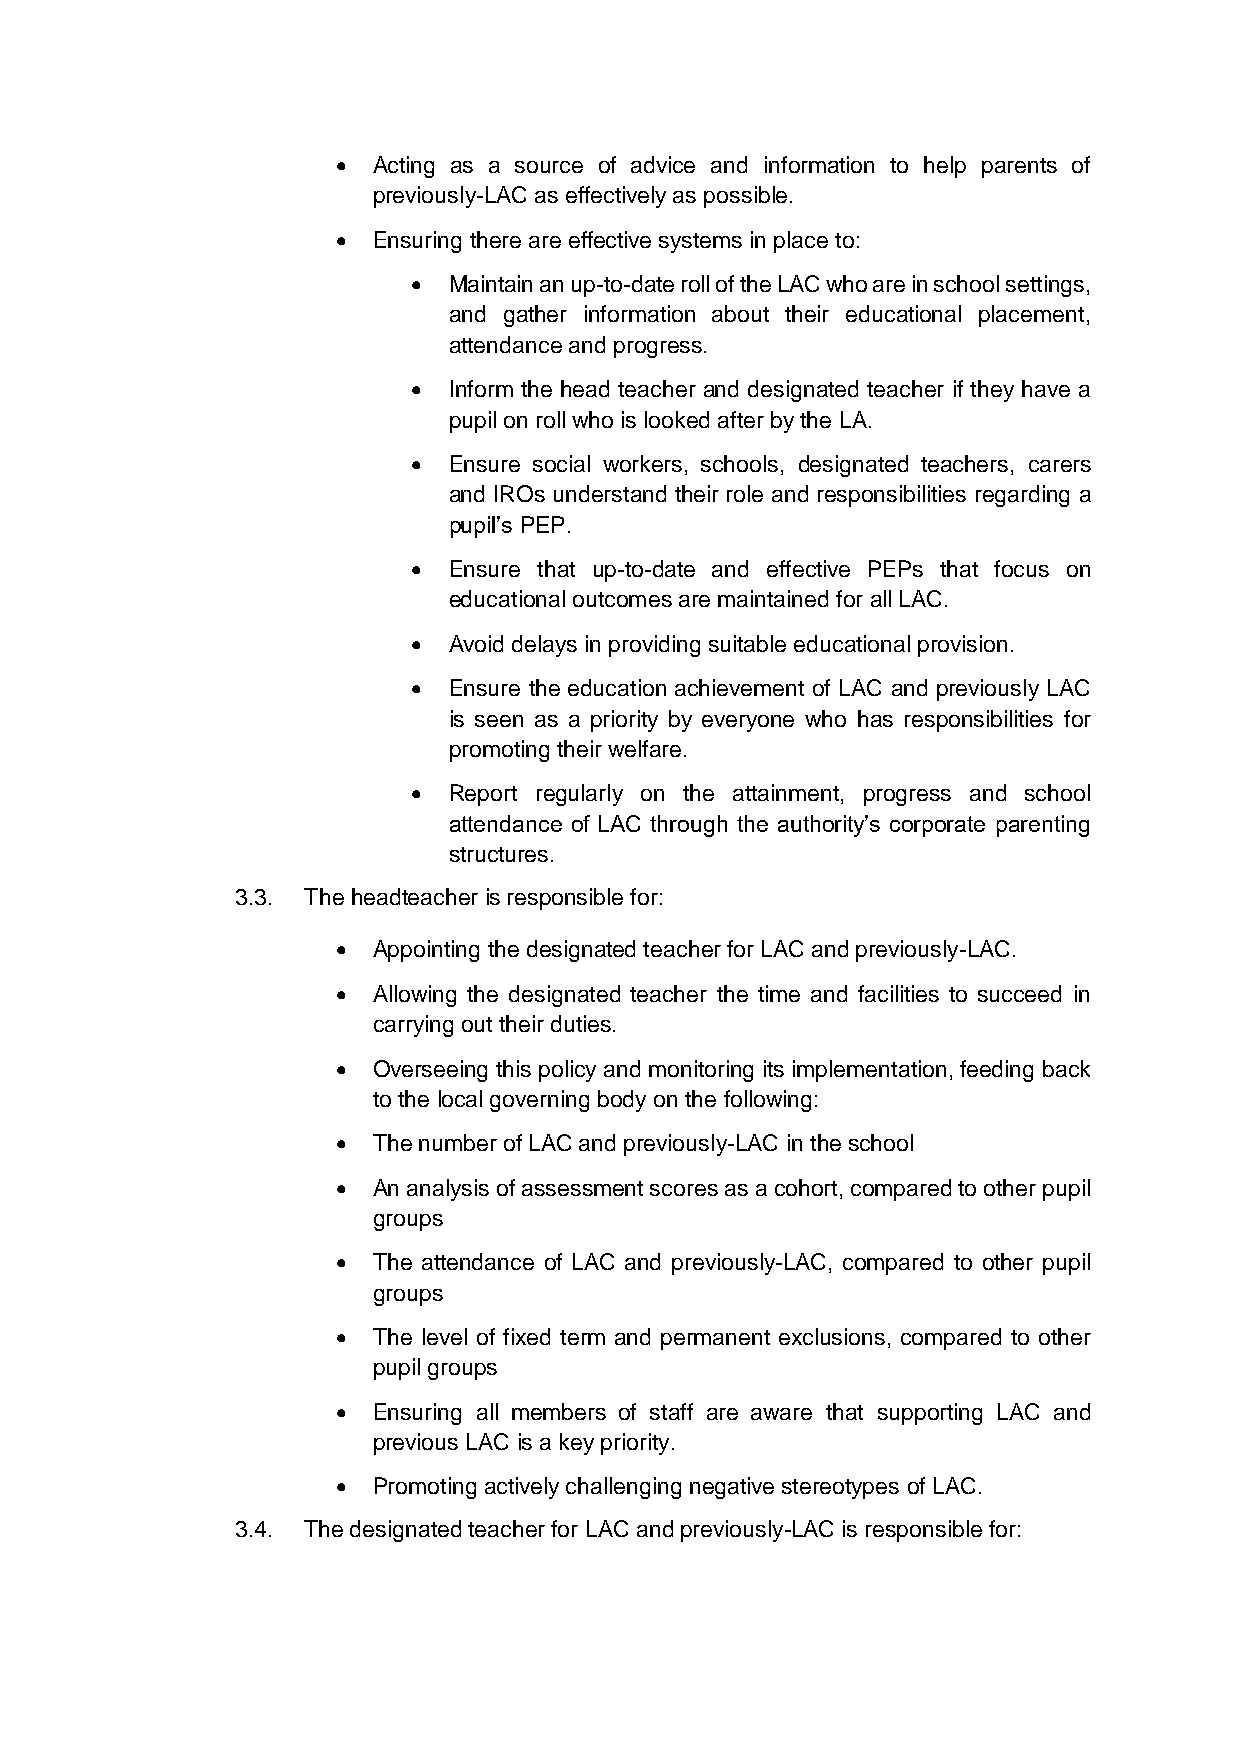
•  Acting as a source of advice and information to help parents of
 previously-LAC as effectively as possible.
 •  Ensuring there are effective systems in place to:
 •  Maintain an up-to-date roll of the LAC who are in school settings,
 and gather information about their educational placement,
 attendance and progress.
 •  Inform the head teacher and designated teacher if they have a
 pupil on roll who is looked after by the LA.
 •  Ensure social workers, schools, designated teachers, carers
 and IROs understand their role and responsibilities regarding a
 pupil’s PEP.
 •  Ensure that up-to-date and effective PEPs that focus on
 educational outcomes are maintained for all LAC.
 •  Avoid delays in providing suitable educational provision.
 •  Ensure the education achievement of LAC and previously LAC
 is seen as a priority by everyone who has responsibilities for
 promoting their welfare.
 •  Report regularly on the attainment, progress and school
 attendance of LAC through the authority’s corporate parenting
 structures.
 3.3. The headteacher is responsible for:
 •  Appointing the designated teacher for LAC and previously-LAC.
 •  Allowing the designated teacher the time and facilities to succeed in
 carrying out their duties.
 •  Overseeing this policy and monitoring its implementation, feeding back
 to the local governing body on the following:
 •  The number of LAC and previously-LAC in the school
 •  An analysis of assessment scores as a cohort, compared to other pupil
 groups
 •  The attendance of LAC and previously-LAC, compared to other pupil
 groups
 •  The level of fixed term and permanent exclusions, compared to other
 pupil groups
 •  Ensuring all members of staff are aware that supporting LAC and
 previous LAC is a key priority.
 •  Promoting actively challenging negative stereotypes of LAC.
 3.4. The designated teacher for LAC and previously-LAC is responsible for: